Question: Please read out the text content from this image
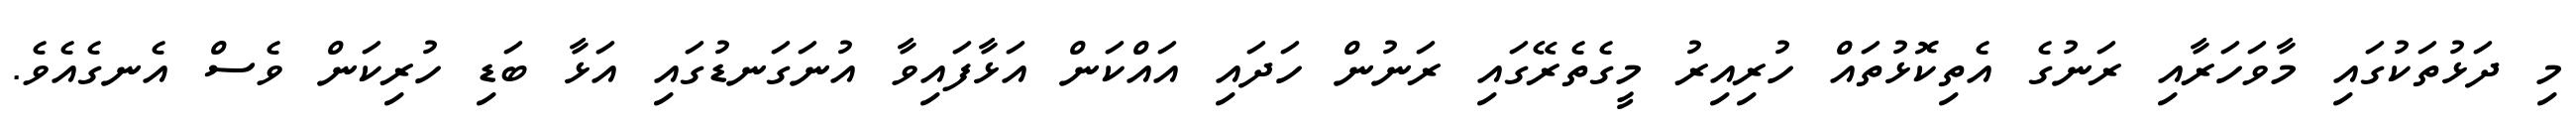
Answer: މި ދަޅުތަކުގައި މާވަހަރާއި ރަނުގެ އެތިކޮޅުތައް ހުރިއިރު މީގެތެރޭގައި ރަނުން ހަދައި އައްކަން އަޅާފައިވާ އުނަގަނޑުގައި އަޅާ ބަޑި ހުރިކަން ވެސް އެނގެއެވެ.